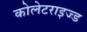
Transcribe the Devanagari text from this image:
कोलेटराइज्ड